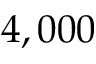
4 , 0 0 0